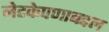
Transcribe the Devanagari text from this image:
नेटकेपणाबद्दल